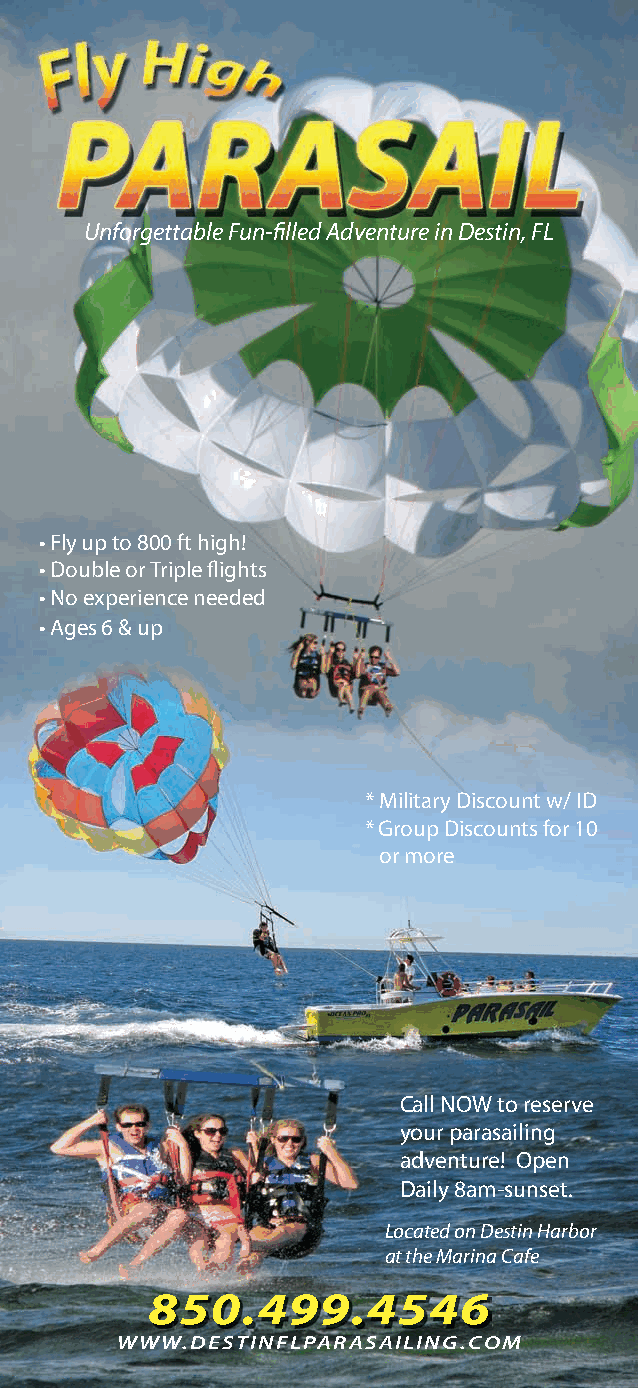
Unforgettable Fun-fi lled Adventure in Destin, FL
 • Fly up to 800 ft high!
 • Double or Triple fl ights
 • No experience needed
 • Ages 6 & up
 * Military Discount w/ ID
 * Group Discounts for 10
 or more
 Call NOW to reserve
 your parasailing
 adventure! Open
 Daily 8am-sunset.
 Located on Destin Harbor
 at the Marina Cafe
 850.499.4546
 WWW.DESTINFLPARASAILING.COM